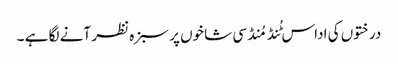
درختوں کی اداس ٹُنڈ مُنڈ سی شاخوں پر سبزہ نظر آنے لگا ہے ۔